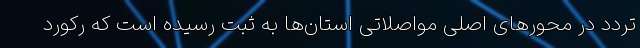
تردد در محورهای اصلی مواصلاتی استان‌ها به ثبت رسیده است که رکورد